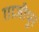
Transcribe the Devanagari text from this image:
ग़ाजीपुर